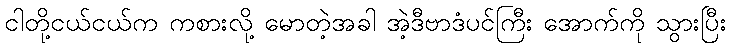
ငါတို့ငယ်ငယ်က ကစားလို့ မောတဲ့အခါ အဲ့ဒီဗာဒံပင်ကြီး အောက်ကို သွားပြီး